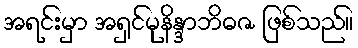
အရင်းမှာ အရှင်မုနိန္ဒာဘိဓဇ ဖြစ်သည်။